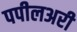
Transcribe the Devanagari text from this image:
पपीलअरी